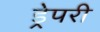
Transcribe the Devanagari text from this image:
ड्रेपरी